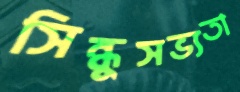
সিন্ধুসভ্যতা